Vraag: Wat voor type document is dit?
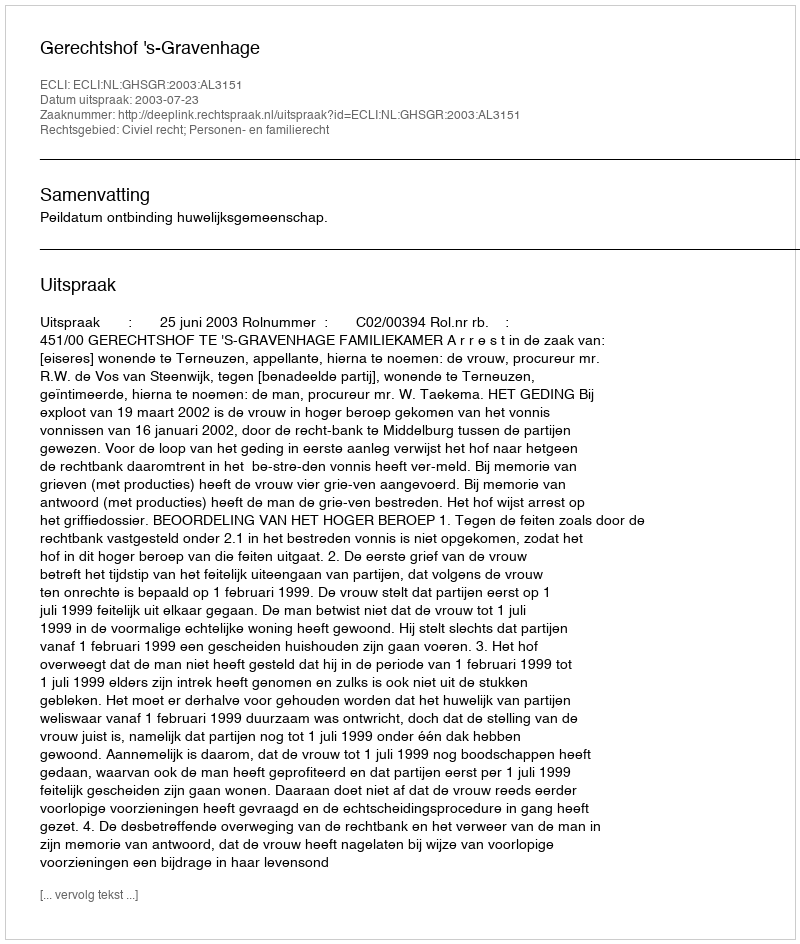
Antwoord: Uitspraak